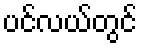
ပင်လယ်တွင်